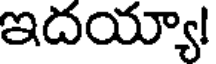
ఇదయ్యా!